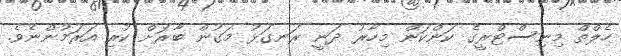
ހެލްތް މިނިސްޓްރީގެ ކަންކަން މިހާރު ދަނީ ރަނގަޅު މަގުން ބާރަށް ކުރި އަރަމުންނެވެ.